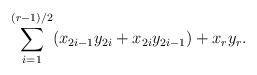
LaTeX: \begin{align*}\sum_{i=1}^{(r-1)/2}(x_{2i-1}y_{2i}+x_{2i}y_{2i-1})+x_ry_r.\end{align*}